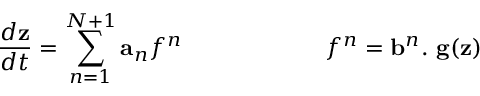
\, \frac { d \mathbf { z } } { d t } = \sum _ { n = 1 } ^ { N + 1 } \mathbf { a } _ { n } f ^ { n } \hfill \qquad \qquad \qquad \hfill f ^ { n } = \mathbf { b } ^ { n } . ~ \mathbf { g } ( \mathbf { z } )